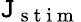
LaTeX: \mathtt{J}_{\mathrm{{~s~t~i~m~}}}